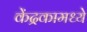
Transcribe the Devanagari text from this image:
केंद्रकामध्ये